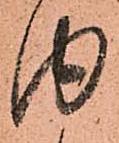
内